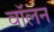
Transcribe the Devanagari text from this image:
वॉलन